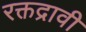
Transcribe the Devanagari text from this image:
रक्तद्रावी